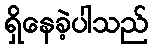
ရှိနေခဲ့ပါသည်